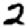
Digit: 2